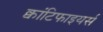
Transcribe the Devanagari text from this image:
क्वांटिफाइयर्स